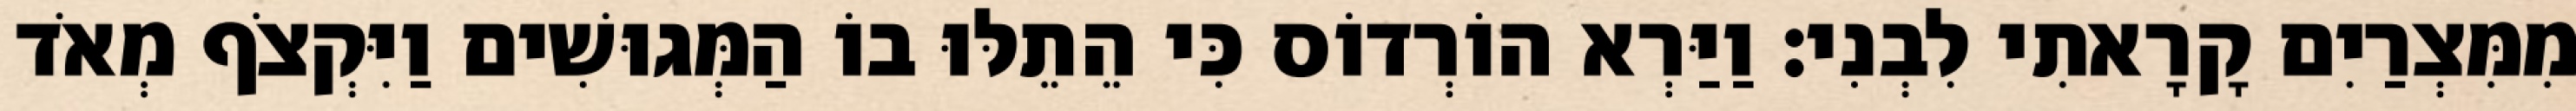
מִמִּצְרַיִם קָרָאתִי לִבְנִי׃ וַיַּרְא הוֹרְדוֹס כִּי הֵתֵלּוּ בוֹ הַמְּגוּשִׁים וַיִּקְצֹף מְאֹד